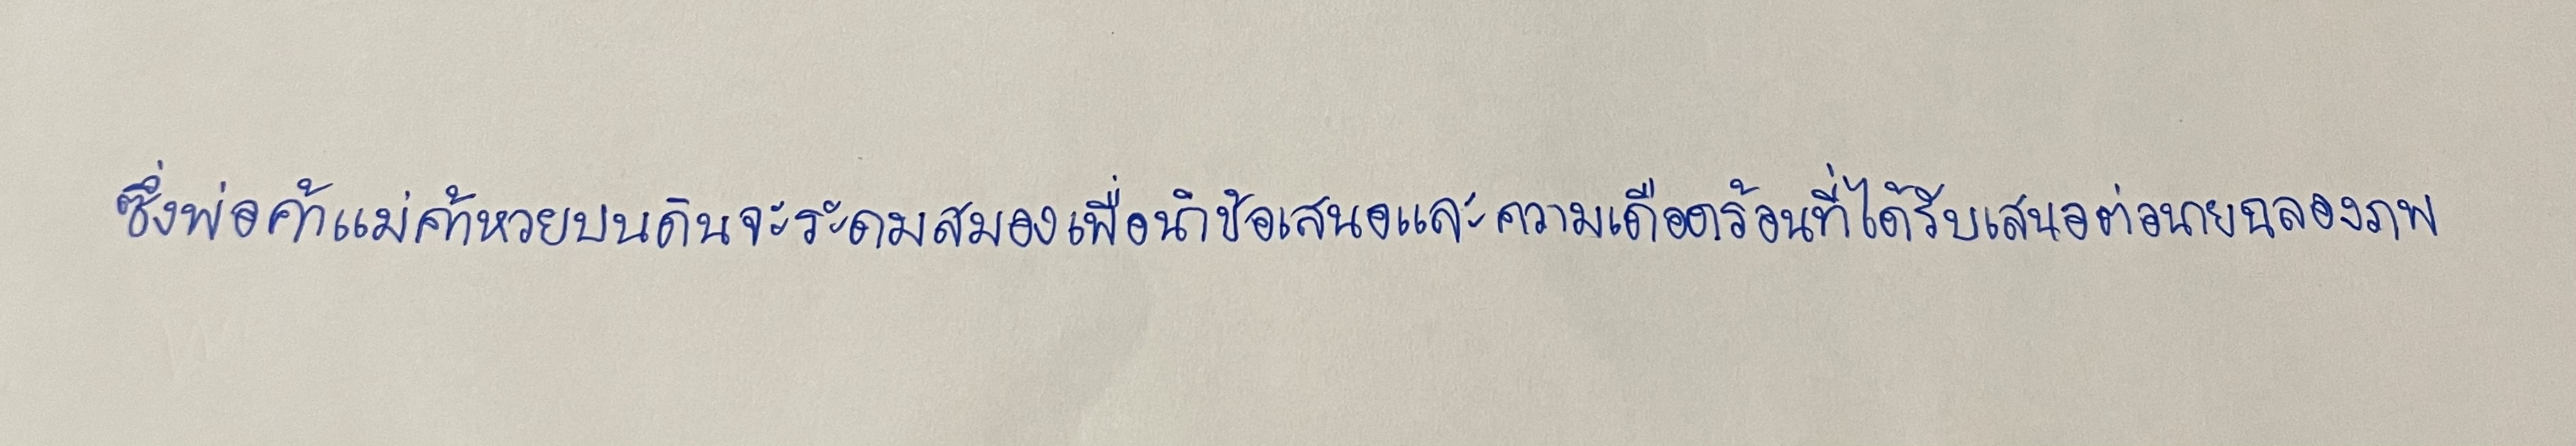
ซึ่งพ่อค้าแม่ค้าหวยบนดินจะระดมสมองเพื่อนำข้อเสนอและความเดือดร้อนที่ได้รับเสนอต่อนายฉลองภพ